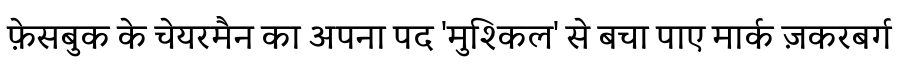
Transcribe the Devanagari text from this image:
फ़ेसबुक के चेयरमैन का अपना पद 'मुश्किल' से बचा पाए मार्क ज़करबर्ग